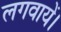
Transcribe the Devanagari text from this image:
लगवायें।